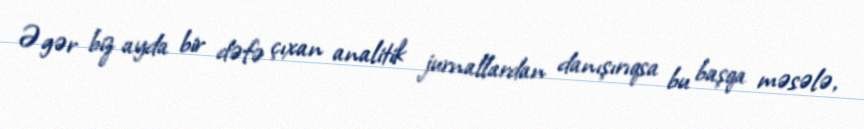
Əgər biz ayda bir dəfə çıxan analitik jurnallardan danışırıqsa bu başqa məsələ,